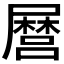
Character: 𭕸